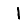
Digit: 1